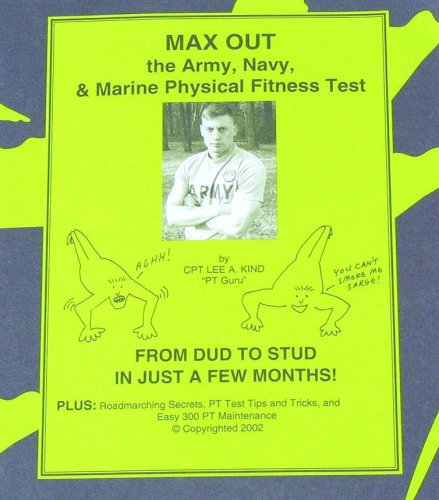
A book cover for MAX Out the Army, Navy, and Marine Physical Fitness Test; Lee A. Kind; Health, Fitness & Dieting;